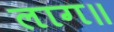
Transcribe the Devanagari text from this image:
लाग॥